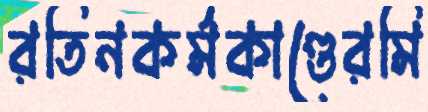
রতিনকর্মকাণ্ডেরমি